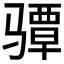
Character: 𱅪